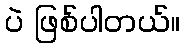
ပဲ ဖြစ်ပါတယ်။